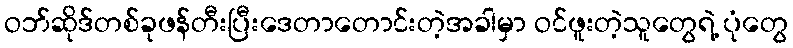
ဝဘ်ဆိုဒ်တစ်ခုဖန်တီးပြီးဒေတာတောင်းတဲ့အခါမှာ ဝင်ဖူးတဲ့သူတွေရဲ့ ပုံတွေ